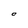
Character: O